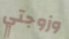
وزوجتي